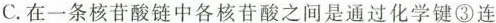
C.在一条核苷酸链中各核苷酸之间是通过化学键③连